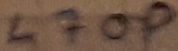
Text: 470p